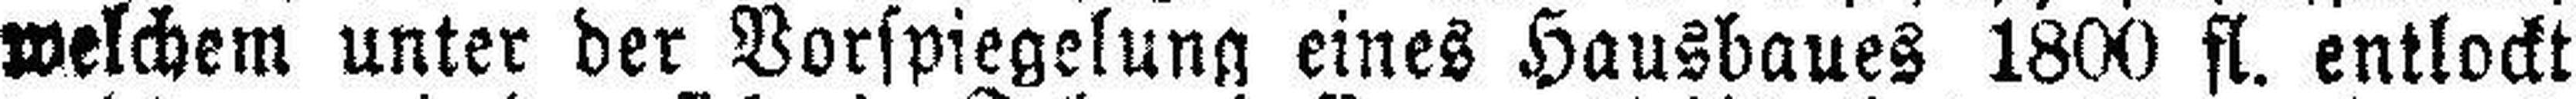
welchem unter der Vorspiegelung eines Hausbaues 1800 fl. entlockt